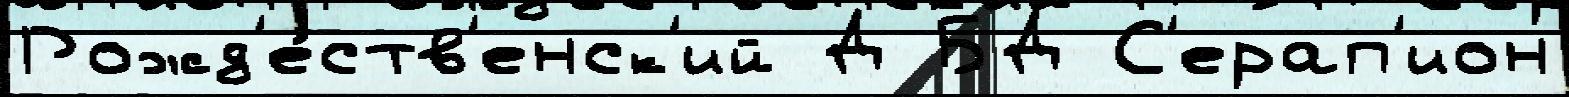
Рожд'е́ств'енск'ий Д БД С'ерап'ион